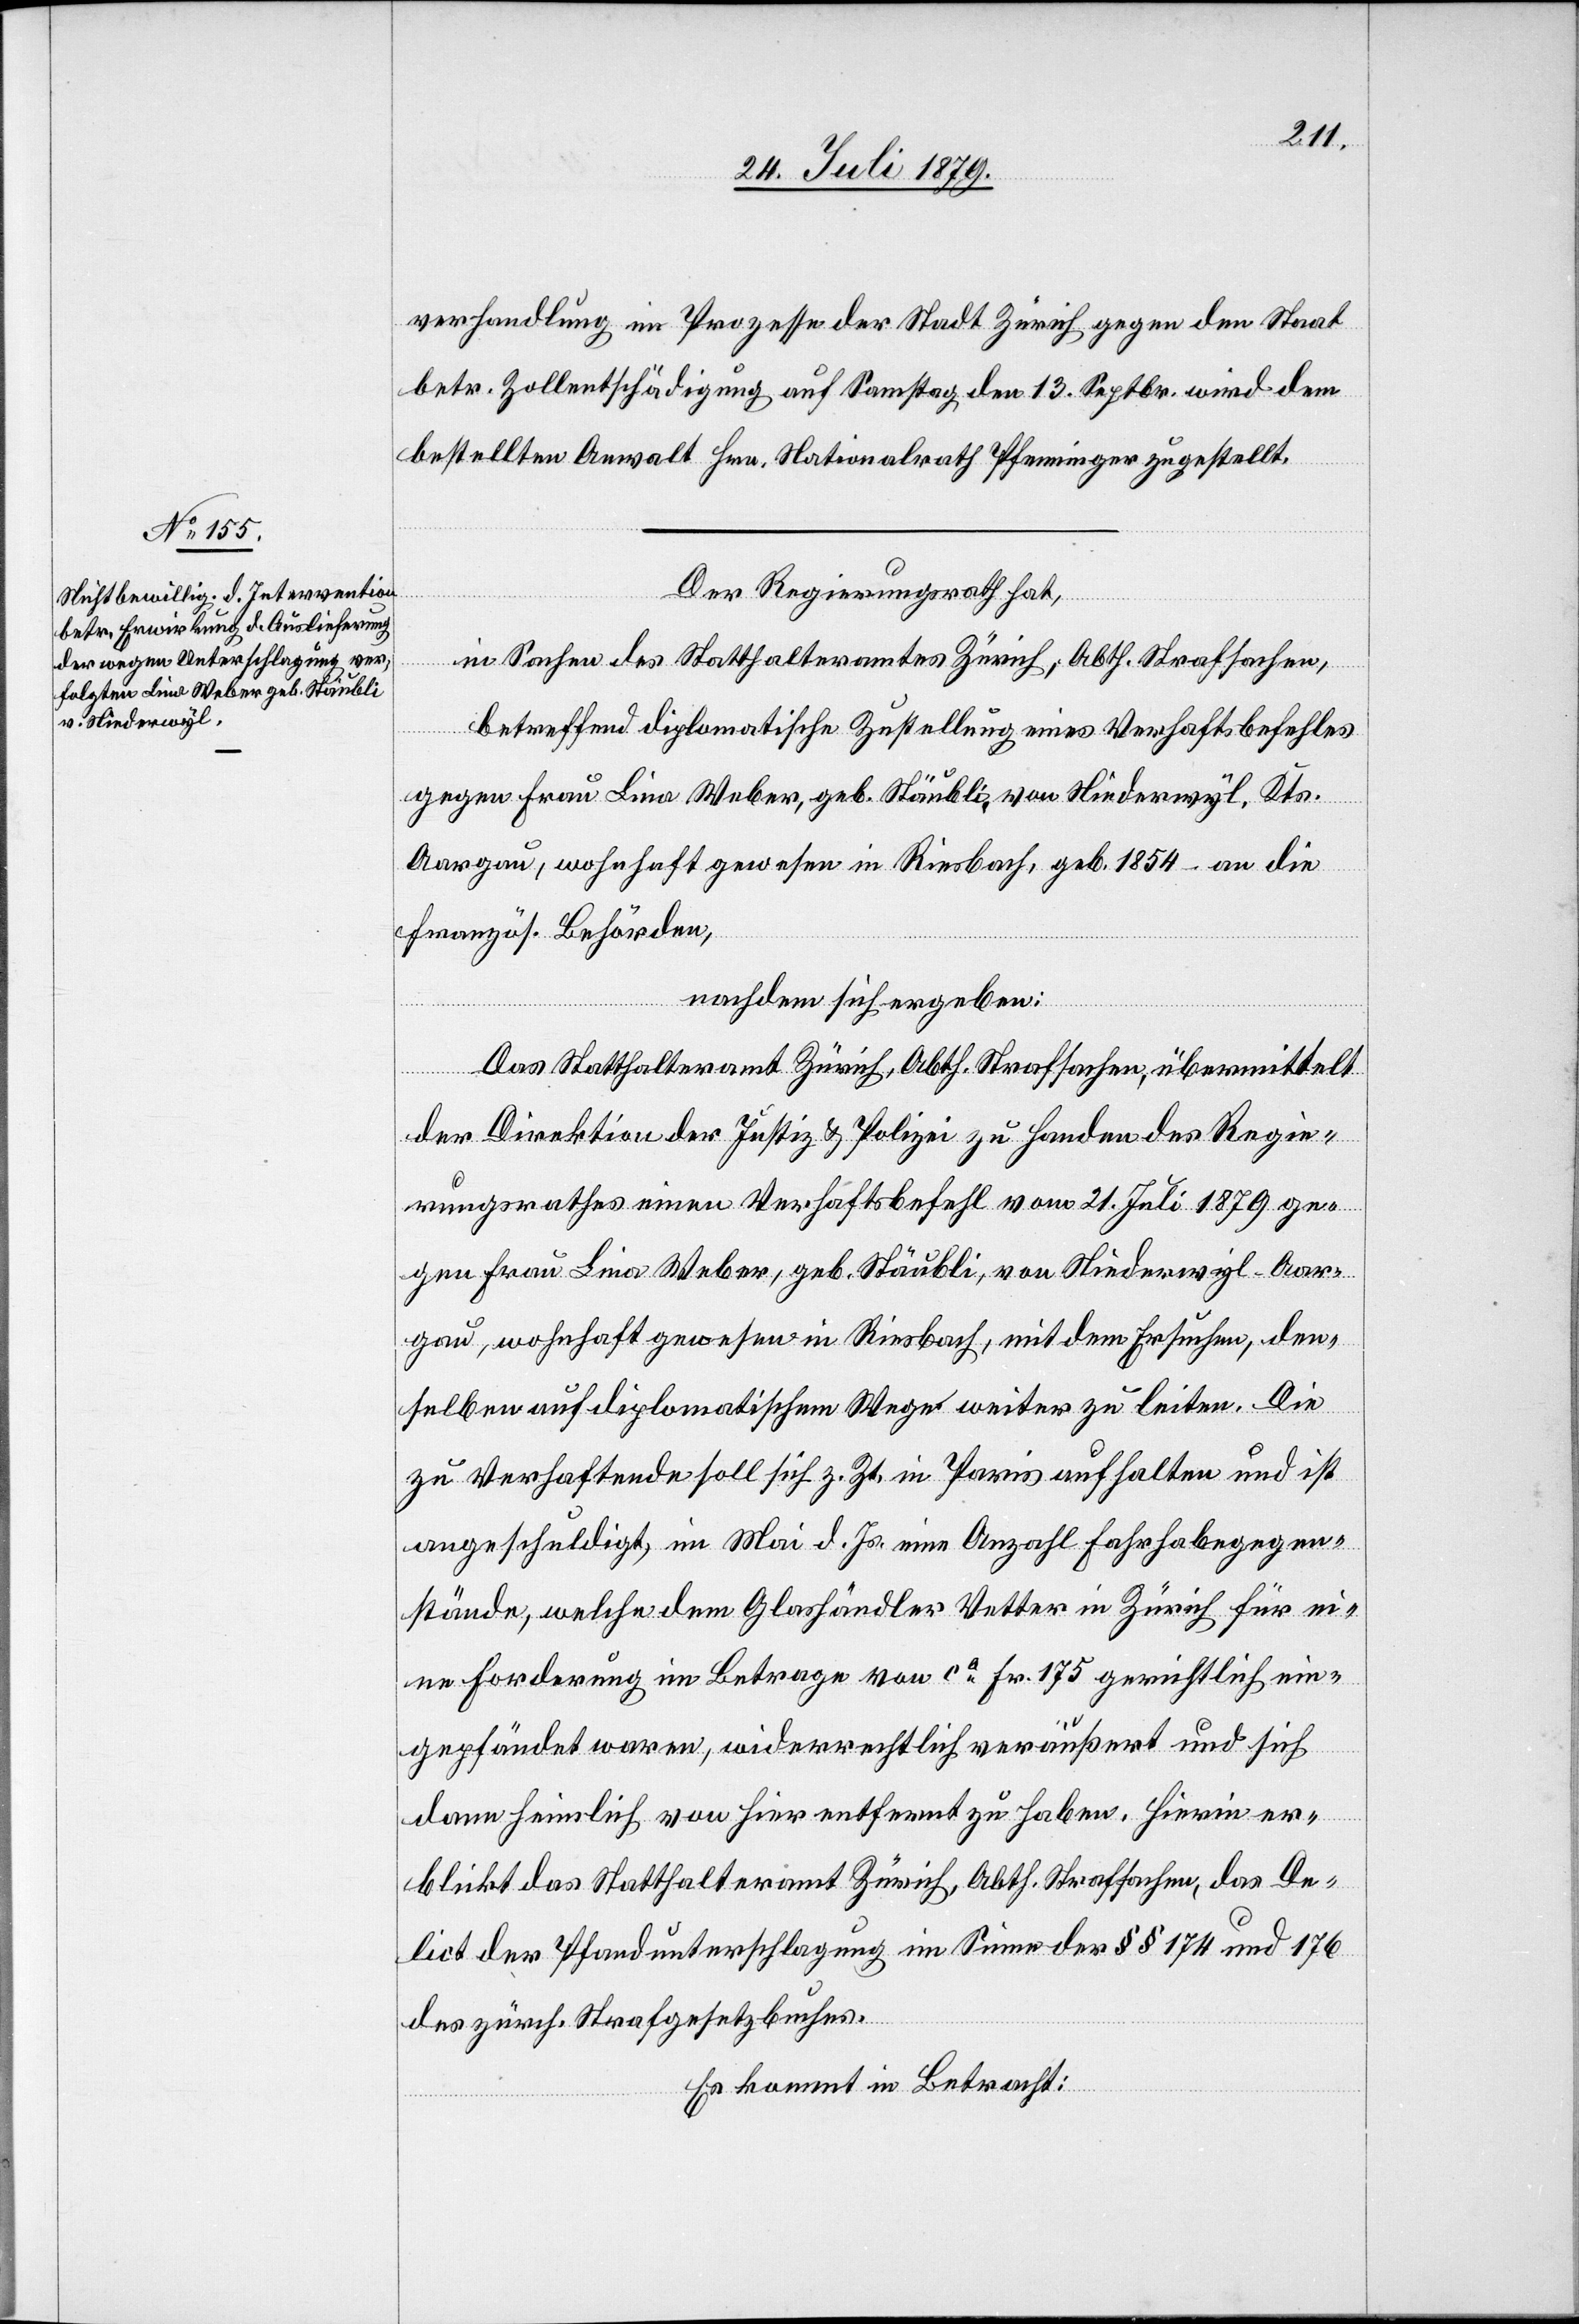
verhandlung im Prozesse der Stadt Zürich gegen den Staat
betr. Zollentschädigung auf Samstag den 13. Septbr. wird dem
bestellten Anwalt Hrn. Nationalrath Pfenninger zugestellt.
Der Regierungsrath hat,
in Sachen des Statthalteramtes Zürich, Abth. Strafsachen,
betreffend diplomatische Zustellung eines Verhaftsbefehles
gegen Frau Lina Weber, geb. Stäubli, von Niederwyl, Kts.
Aargau, wohnhaft gewesen in Riesbach, geb. 1854 – an die
französ. Behörden,
nachdem sich ergeben:
Das Statthalteramt Zürich, Abth. Strafsachen, übermittelt
der Direktion der Justiz & Polizei zu Handen des Regie¬
rungsrathes einen Verhaftsbefehl vom 21. Juli 1879 ge¬
gen Frau Lina Weber, geb. Stäubli, von Niederwyl - Aar¬
gau, wohnhaft gewesen in Riesbach, mit dem Ersuchen, den¬
selben auf diplomatischem Wege weiter zu leiten. Die
zu Verhaftende soll sich z. Zt. in Paris aufhalten und ist
angeschuldigt, im Mai d. Js. eine Anzahl Fahrhabegegen¬
stände, welche dem Glashändler Vetter in Zürich für ei¬
ne Forderung im Betrage von ca Fr. 175 gerichtlich ein¬
gepfändet waren, widerrechtlich veräußert und sich
dann heimlich von hier entfernt zu haben. Hierin er¬
blickt das Statthalteramt Zürich, Abth. Strafsachen, das De¬
lict der Pfandunterschlagung im Sinne der §§ 174 und 176
des zürch. Strafgesetzbuches.
Es kommt in Betracht: